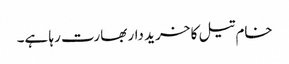
خام تیل کا خرید دار بھارت رہا ہے۔